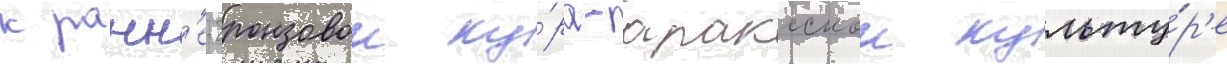
к ранн'е-бронзовои ку́ра-араксскои культу́р'е